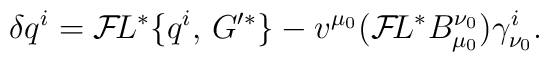
\delta q^{i} = {\cal F}\!L^*\{q^{i},\,G'^* \} - v^{\mu_0} ({\cal F}\!L^* B^{\nu_0}_{\mu_0}) \gamma^{i}_{\nu_0}.